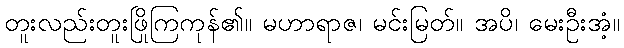
တူးလည်းတူးဖြိုကြကုန်၏။ မဟာရာဇ၊ မင်းမြတ်။ အပိ၊ မေးဦးအံ့။